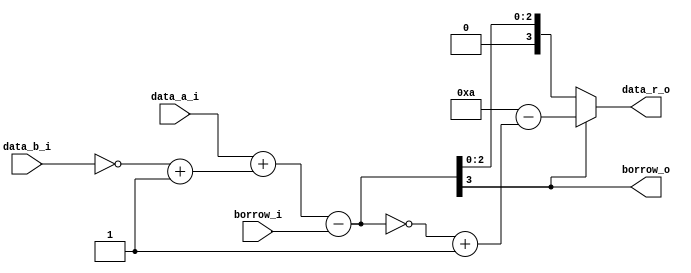
`timescale 1ns / 1ps
//////////////////////////////////////////////////////////////////////////////////
// Company: 
// Engineer: 
// 
// Design Name: 
// Module Name: subtractor_bcd
// Project Name: 
// Target Devices: 
// Tool Versions: 
// Description: 
// 
// Dependencies: 
// 
// Revision:
// Revision 0.01 - File Created
// Additional Comments:
// 
//////////////////////////////////////////////////////////////////////////////////


module subtractor_bcd
(
    input [3 : 0] data_a_i,
    input [3 : 0] data_b_i,
    
    input borrow_i,
    
    output [3 : 0] data_r_o,
    output borrow_o
);
    
    wire [4 : 0] result = (data_a_i + (~{1'b0, data_b_i} + 1'b1) - borrow_i);
    
    assign data_r_o = result[3] ? 4'b1010 - (~(result[3 : 0]) + 1'b1) : result[3 : 0];
    assign borrow_o = result[3];

endmodule